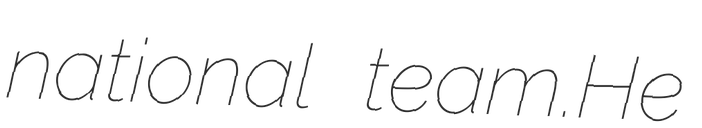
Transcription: national team.He